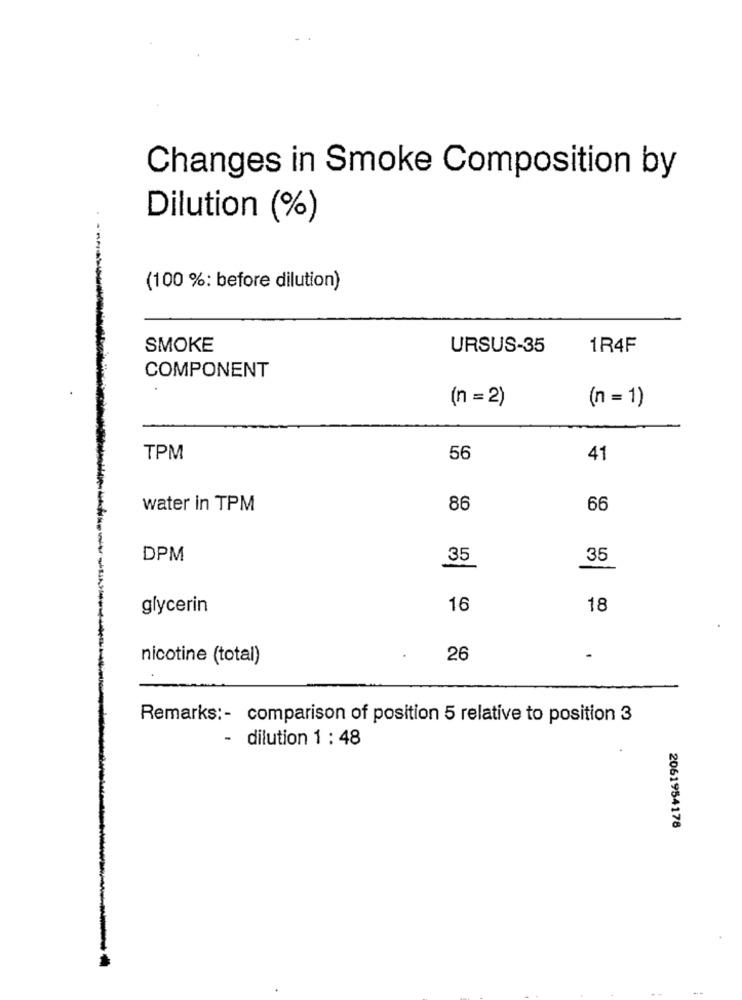
Changes in Smoke Composition by
Dilution (%)
(100 %: before dilution)
SMOKE
URSUS-35
1R4F
COMPONENT
(n = 2)
(n = 1)
TPM
56
41
water in TPM
86
66
DPM
35
35
glycerin
16
18
nicotine (total)
26
-
Remarks :- comparison of position 5 relative to position 3
- dilution 1 : 48
2061954178